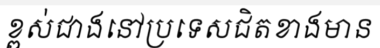
ខ្ពស់ជាងនៅប្រទេសជិតខាងមាន